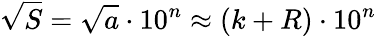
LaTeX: {\sqrt{S}}={\sqrt{a}}\cdot 10^{n}\approx(k+R)\cdot 10^{n}